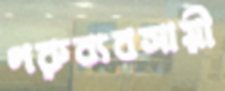
গরুব্যবসায়ী